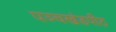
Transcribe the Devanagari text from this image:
पञ्चखंडपीठ